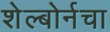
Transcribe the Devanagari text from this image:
शेल्बोर्नचा